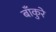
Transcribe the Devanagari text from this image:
बाँकुरे